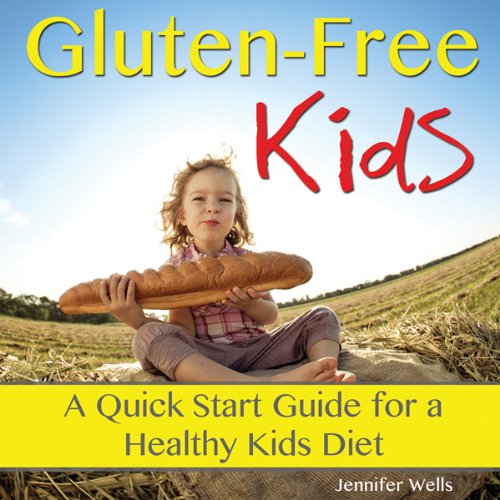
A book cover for Gluten-Free Kids: A Quick-Start Guide for a Healthy Kids Diet; Jennifer Wells; Health, Fitness & Dieting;